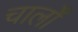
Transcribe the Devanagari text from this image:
चालोँ